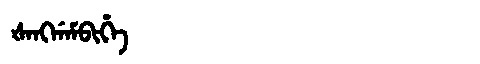
Manchu: ᡧᠠᠩᡤᠠᠮᠪᡳᡥᡝ
Romanization: ŠANGGAMBIHE